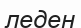
леден